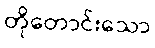
တိုတောင်းသော